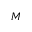
M